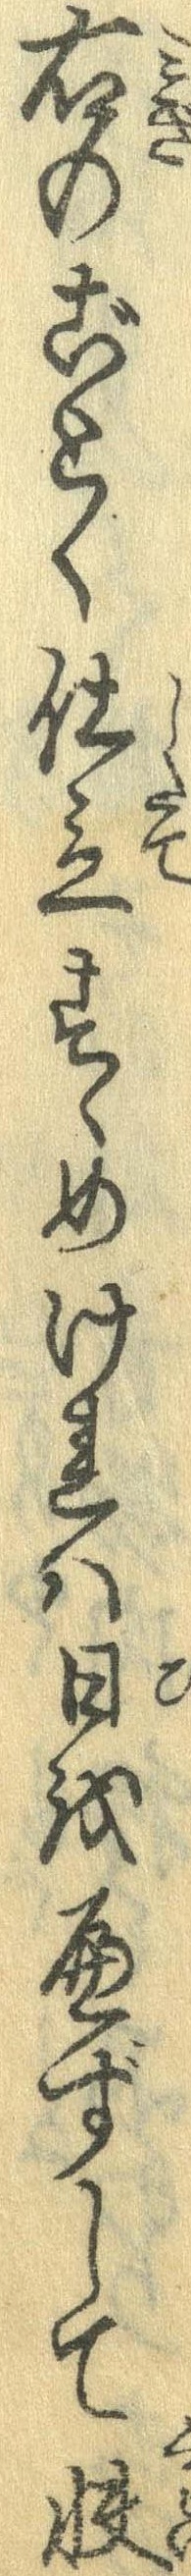
右のごとく仕立すゝめけれは日をへずして快